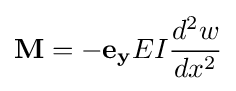
\mathbf {M} =-\mathbf {e_{y}} EI{d^{2}w \over dx^{2}}